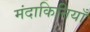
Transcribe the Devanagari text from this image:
मंदाकिनियाँ